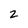
Character: 2